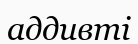
аддивті